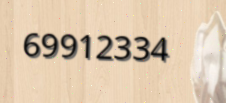
69912334